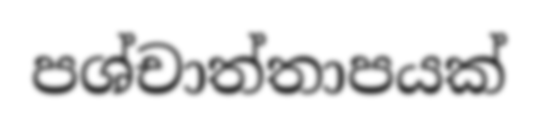
පශ්චාත්තාපයක්